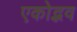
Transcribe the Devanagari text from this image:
एकोद्भव